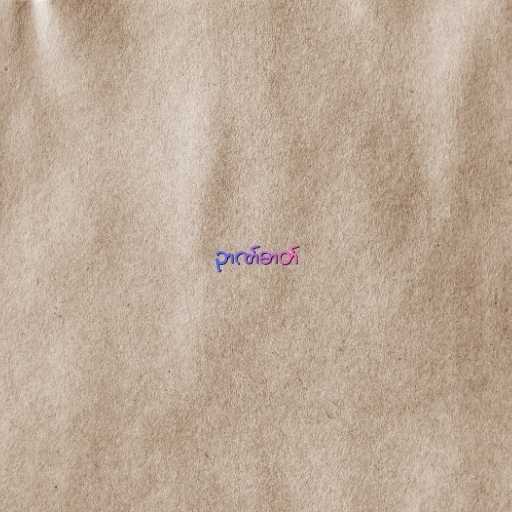
ဉာဏ်ဓာတ်